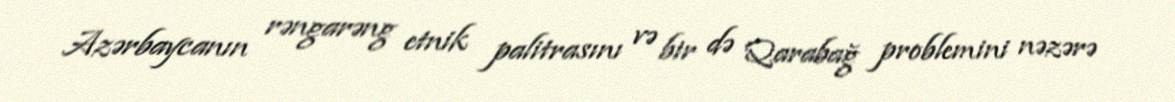
Azərbaycanın rəngarəng etnik palitrasını və bir də Qarabağ problemini nəzərə